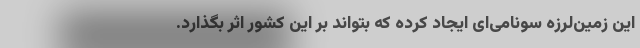
این زمین‌لرزه سونامی‌‌ای ایجاد کرده که بتواند بر این کشور اثر بگذارد.